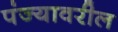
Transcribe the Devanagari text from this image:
पंज्यावरील